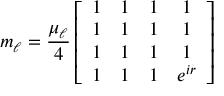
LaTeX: m _ { { \ell } } = \frac { \mu _ { { \ell } } } 4 \left[ \begin{array} { c c c c } { { 1 } } & { { 1 } } & { { 1 } } & { { 1 } } \\ { { 1 } } & { { 1 } } & { { 1 } } & { { 1 } } \\ { { 1 } } & { { 1 } } & { { 1 } } & { { 1 } } \\ { { 1 } } & { { 1 } } & { { 1 } } & { { e ^ { i r } } } \end{array} \right] \quad